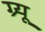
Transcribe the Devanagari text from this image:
ग्र्यू